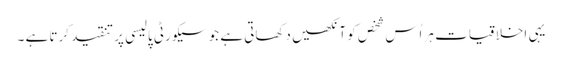
یہی اخلاقیات ہر اُس شخص کو آنکھیں دکھاتی ہے جو سیکورٹی پالیسی پر تنقید کرتا ہے ۔